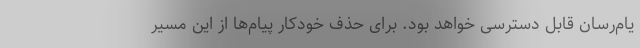
یام‌رسان قابل دسترسی خواهد بود. برای حذف خودکار پیام‌ها از این مسیر